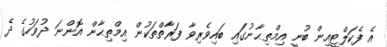
އެ ފެކަލްޓީއިން ބުނީ އިމްތިޙާނުގައި ބައިވެރިވާ ފަރާތްތަކުން އިމްތިޙާން އޮންނަ ދުވަހުގެ ދެ